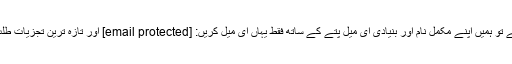
اگر آپ اس حوالے سے ہماری اعانت درکار ہے تو ہمیں اپنے مکمل نام اور بنیادی ای میل پتے کے ساتھ فقط یہاں ای میل کریں: [email protected] اور تازہ ترین تجزیات طلب کرنے والوں کی فہرست میں شامل ہو جائیں۔